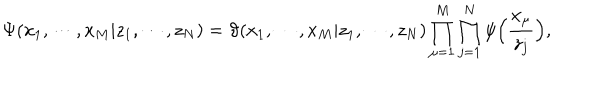
\Psi ( x _ { 1 } , \cdots , x _ { M } | z _ { 1 } , \cdots , z _ { N } ) = \vartheta ( x _ { 1 } , \cdots , x _ { M } | z _ { 1 } , \cdots , z _ { N } ) \prod _ { \mu = 1 } ^ { M } \prod _ { j = 1 } ^ { N } \psi \Bigl ( \frac { x _ { \mu } } { z _ { j } } \Bigr ) ,